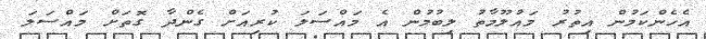
އެހެންކަމުން އިތުރު މައުލޫމާތު ލިބުމުން އެ މައްސަލަ ކުރިއަށް ގެންދާ ގޮތަށް މައްސަލަ